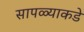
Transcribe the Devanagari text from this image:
सापळ्याकडे